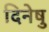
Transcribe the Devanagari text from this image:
दिनेषु